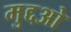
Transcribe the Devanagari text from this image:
मुद्दओ